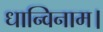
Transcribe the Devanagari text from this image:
धान्विनाम।